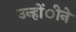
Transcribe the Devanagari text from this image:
उन्होंीने